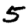
Digit: 5